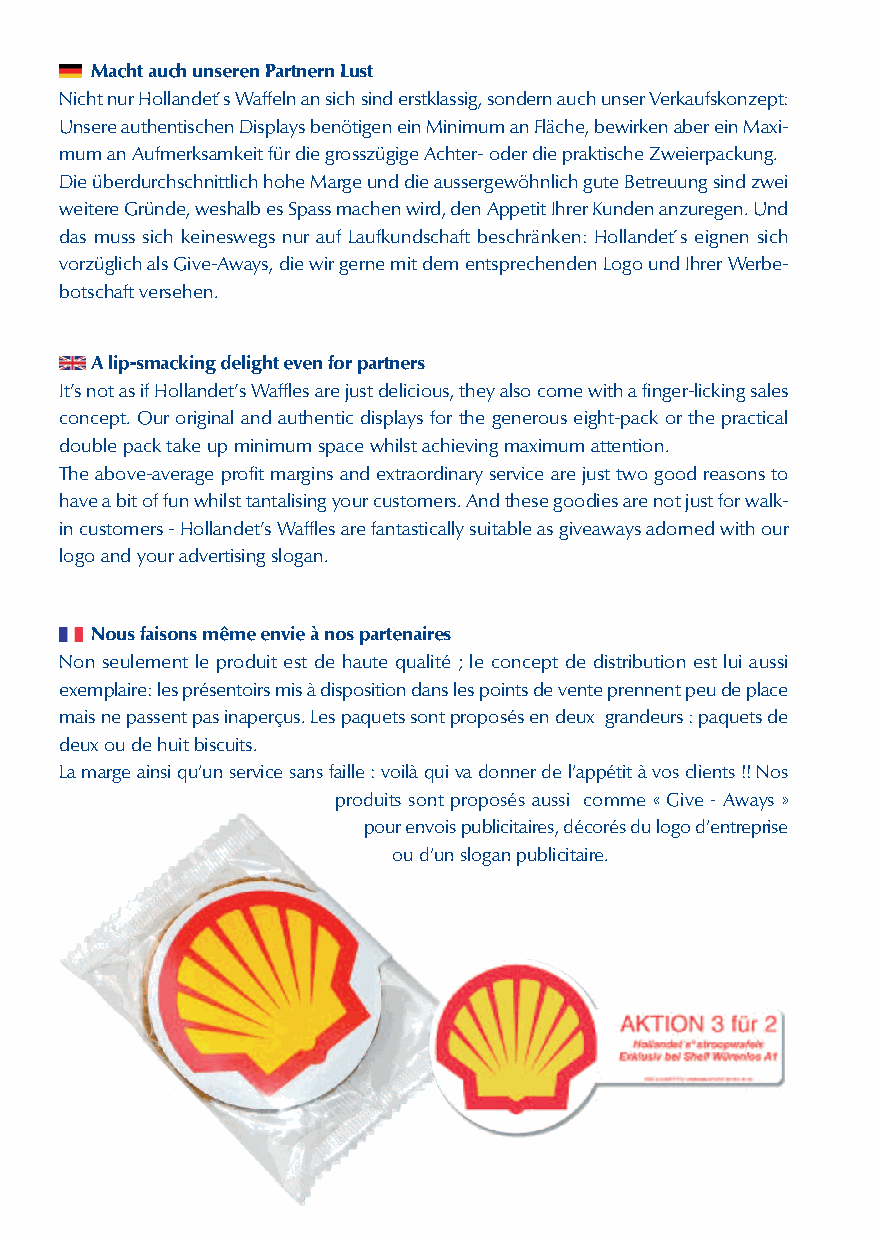
MachtauchunserenPartnernLust
 NichtnurHollandet´sWaffelnansichsinderstklassig,sondernauchunserVerkaufskonzept:
 UnsereauthentischenDisplaysbenötigeneinMinimumanFläche,bewirkenabereinMaxi-
 mumanAufmerksamkeitfürdiegrosszügigeAchter-oderdiepraktischeZweierpackung.
 DieüberdurchschnittlichhoheMargeunddieaussergewöhnlichguteBetreuungsindzwei
 weitereGründe,weshalbesSpassmachenwird,denAppetitIhrerKundenanzuregen.Und
 das muss sich keineswegs nur auf Laufkundschaft beschränken: Hollandet´s eignen sich
 vorzüglichalsGive-Aways,diewirgernemitdementsprechendenLogoundIhrerWerbe-
 botschaftversehen.
 Alip-smackingdelightevenforpartners
 It’snotasifHollandet’sWafflesarejustdelicious,theyalsocomewithafinger-lickingsales
 concept. Our original and authentic displays for the generous eight-pack or the practical
 doublepacktakeupminimumspacewhilstachievingmaximumattention.
 Theabove-averageprofitmarginsandextraordinaryservicearejusttwogoodreasonsto
 haveabitoffunwhilsttantalisingyourcustomers.Andthesegoodiesarenotjustforwalk-
 incustomers-Hollandet’sWafflesarefantasticallysuitableasgiveawaysadornedwithour
 logoandyouradvertisingslogan.
 Nousfaisonsmêmeenvieànospartenaires
 Non seulement le produit est de haute qualité ; le concept de distribution est lui aussi
 exemplaire:lesprésentoirsmisàdispositiondanslespointsdeventeprennentpeudeplace
 maisnepassentpasinaperçus.Lespaquetssontproposésendeux grandeurs:paquetsde
 deuxoudehuitbiscuits.
 Lamargeainsiqu’unservicesansfaille:voilàquivadonnerdel’appétitàvosclients!!Nos
 produits sont proposés aussi comme « Give - Aways »
 pourenvoispublicitaires,décorésdulogod’entreprise
 oud’unsloganpublicitaire.